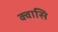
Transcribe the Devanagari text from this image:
क्वासि